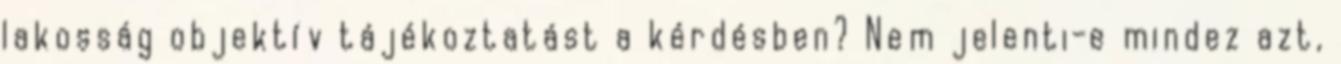
lakosság objektív tájékoztatást a kérdésben? Nem jelenti-e mindez azt,